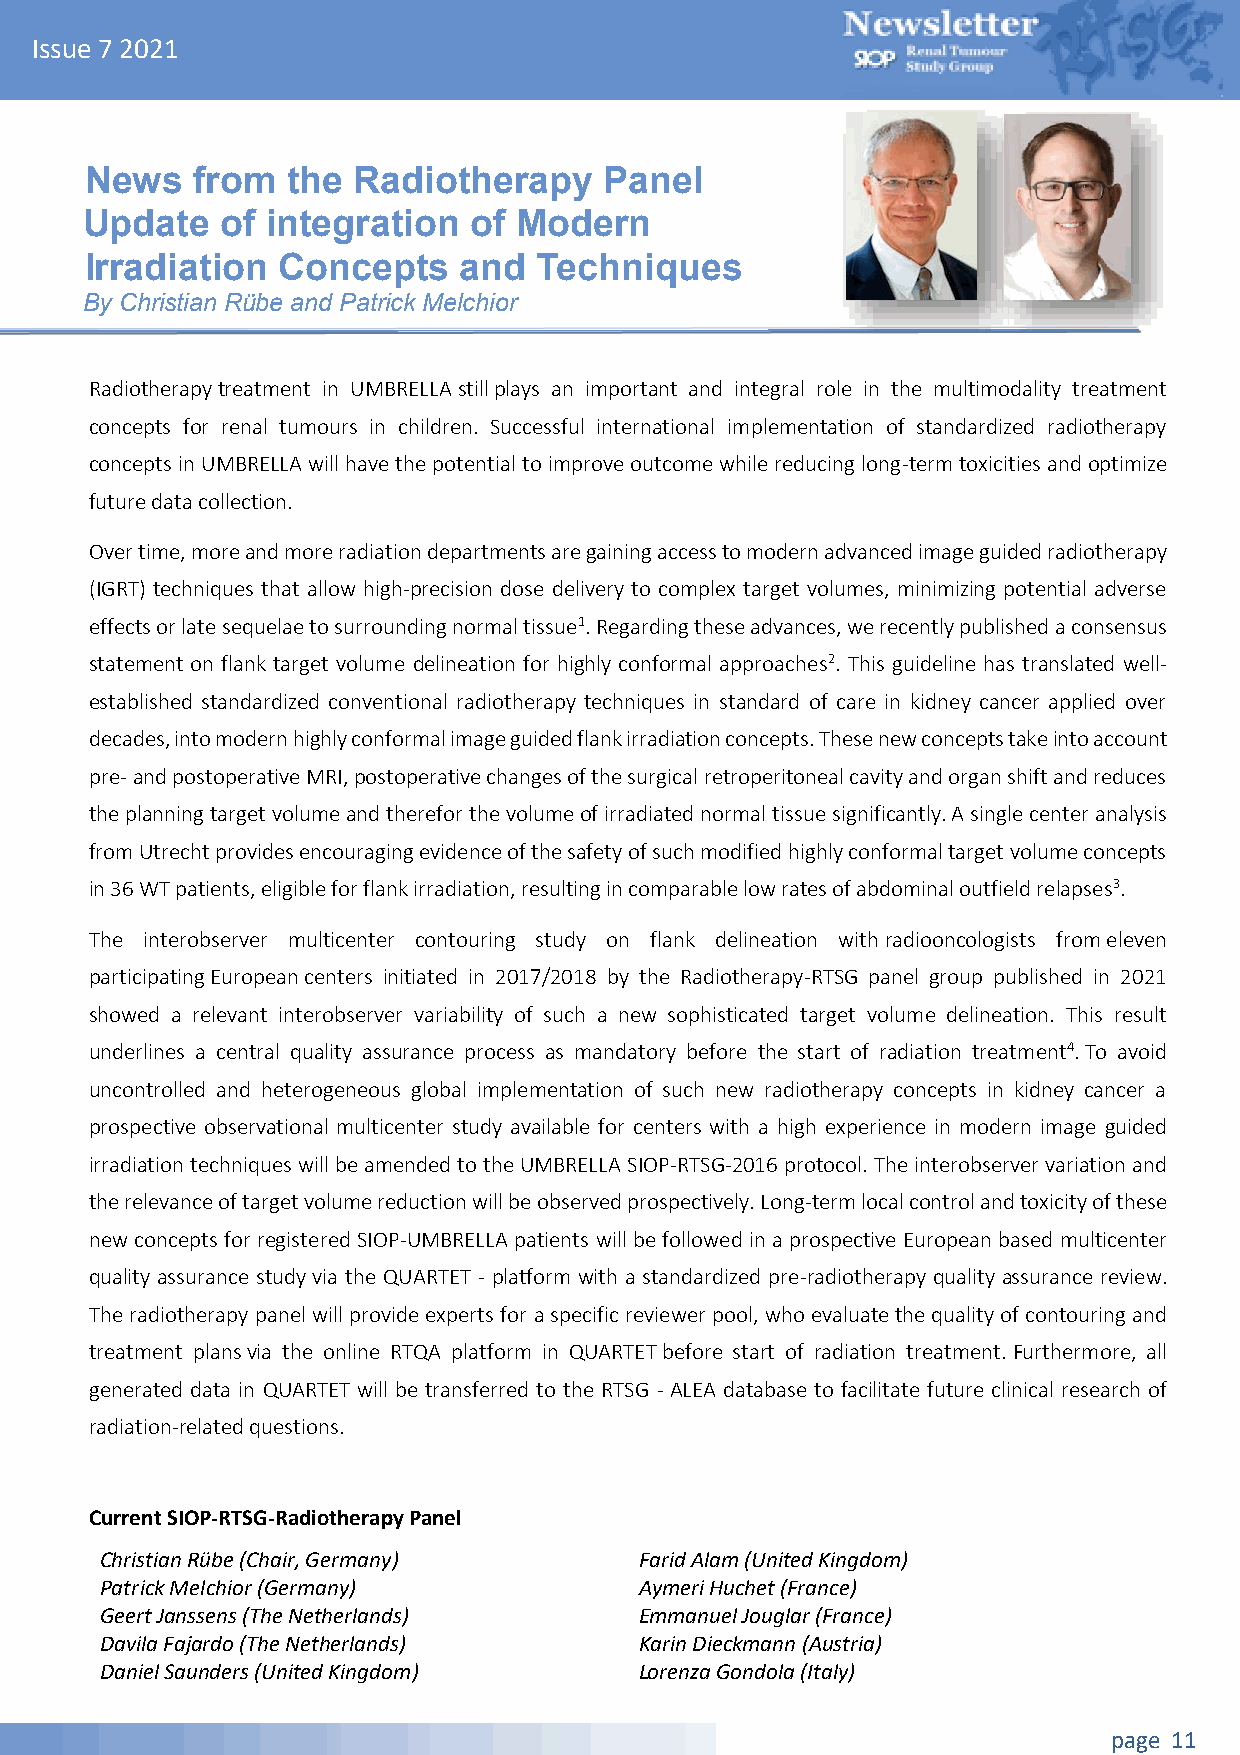
Issue 7 2021
 News   from  the Radiotherapy     Panel
 Update    of integration  of Modern
 Irradiation Concepts    and   Techniques
 By Christian Rübe and Patrick Melchior
 Radiotherapy treatment in UMBRELLA still plays an important and integral role in the multimodality treatment
 concepts for renal tumours in children. Successful international implementation of standardized radiotherapy
 concepts in UMBRELLA will have the potential to improve outcome while reducing long-term toxicities and optimize
 future data collection.
 Over time, more and more radiation departments are gaining access to modern advanced image guided radiotherapy
 (IGRT) techniques that allow high-precision dose delivery to complex target volumes, minimizing potential adverse
 effects or late sequelae to surrounding normal tissue1. Regarding these advances, we recently published a consensus
 statement on flank target volume delineation for highly conformal approaches2. This guideline has translated well-
 established standardized conventional radiotherapy techniques in standard of care in kidney cancer applied over
 decades, into modern highly conformal image guided flank irradiation concepts. These new concepts take into account
 pre- and postoperative MRI, postoperative changes of the surgical retroperitoneal cavity and organ shift and reduces
 the planning target volume and therefor the volume of irradiated normal tissue significantly. A single center analysis
 from Utrecht provides encouraging evidence of the safety of such modified highly conformal target volume concepts
 in 36 WT patients, eligible for flank irradiation, resulting in comparable low rates of abdominal outfield relapses3.
 The interobserver multicenter contouring study on flank delineation with radiooncologists from eleven
 participating European centers initiated in 2017/2018 by the Radiotherapy-RTSG panel group published in 2021
 showed a relevant interobserver variability of such a new sophisticated target volume delineation. This result
 underlines a central quality assurance process as mandatory before the start of radiation treatment4. To avoid
 uncontrolled and heterogeneous global implementation of such new radiotherapy concepts in kidney cancer a
 prospective observational multicenter study available for centers with a high experience in modern image guided
 irradiation techniques will be amended to the UMBRELLA SIOP-RTSG-2016 protocol. The interobserver variation and
 the relevance of target volume reduction will be observed prospectively. Long-term local control and toxicity of these
 new concepts for registered SIOP-UMBRELLA patients will be followed in a prospective European based multicenter
 quality assurance study via the QUARTET - platform with a standardized pre-radiotherapy quality assurance review.
 The radiotherapy panel will provide experts for a specific reviewer pool, who evaluate the quality of contouring and
 treatment plans via the online RTQA platform in QUARTET before start of radiation treatment. Furthermore, all
 generated data in QUARTET will be transferred to the RTSG - ALEA database to facilitate future clinical research of
 radiation-related questions.
 Current SIOP-RTSG-Radiotherapy Panel
 Christian Rübe (Chair, Germany)    Farid Alam (United Kingdom)
 Patrick Melchior (Germany)         Aymeri Huchet (France)
 Geert Janssens (The Netherlands)   Emmanuel Jouglar (France)
 Davila Fajardo (The Netherlands)   Karin Dieckmann (Austria)
 Daniel Saunders (United Kingdom)   Lorenza Gondola (Italy)
 page 11